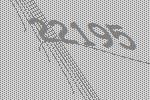
22195